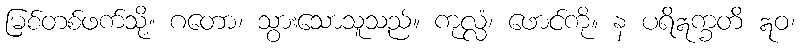
မြစ်တစ်ဖက်သို့။ ဂတော၊ သွားသောသူသည်။ ကုလ္လံ၊ ဖောင်ကို။ န ပရိဣက္ခတိ ဣဝ၊